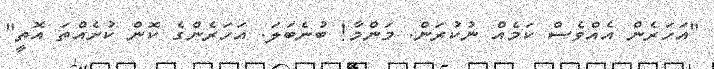
"އަހަރެން އެއްވެސް ކަމެއް ނުކުރަން. މަންމާ! ބުނެބަލަ. އަހަރެންގެ ކޮން ކުށެއްތަ އޮތީ"